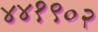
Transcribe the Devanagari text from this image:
४४१९०२